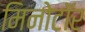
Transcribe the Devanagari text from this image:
मिनोटॉर